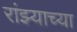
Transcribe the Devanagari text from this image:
रांझ्याच्या